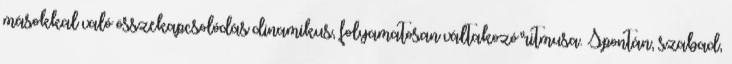
másokkal való összekapcsolódás dinamikus, folyamatosan váltakozó ritmusa. Spontán, szabad,